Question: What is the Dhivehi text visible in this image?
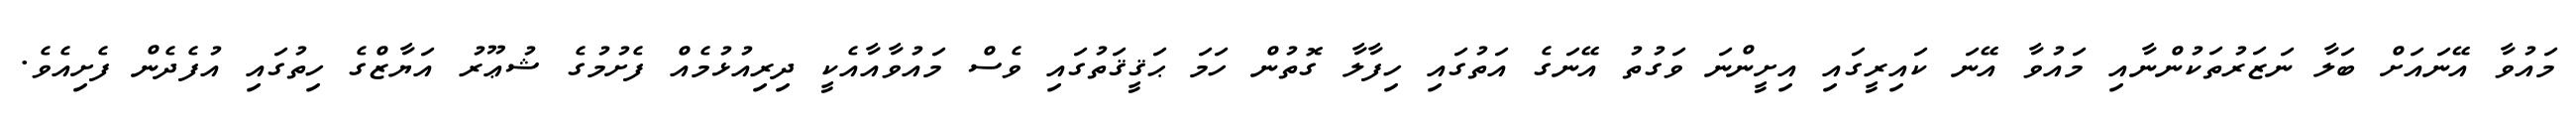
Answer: މައުވާ އޭނައަށް ބަލާ ނަޒަރުތަކުންނާއި މައުވާ އޭނަ ކައިރީގައި އިށީންނަ ވަގުތު އޭނަގެ އަތުގައި ހިފާލާ ގޮތުން ހަމަ ޙަޤީޤަތުގައި ވެސް މައުވާއާއެކީ ދިރިއުޅުމެއް ފެށުމުގެ ޝުޢޫރު އަޔާޒްގެ ހިތުގައި އުފެދެން ފެށިއެވެ.